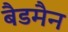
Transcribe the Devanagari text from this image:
बैडमैन